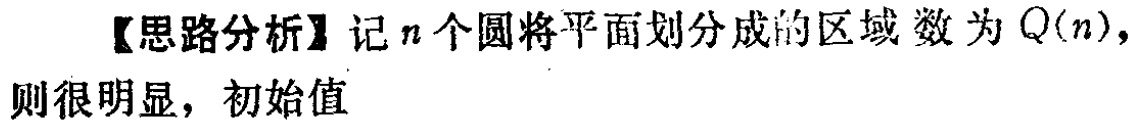
【思路分析】记\(n\)个圆将平面划分成的区域数为\(Q(n)\)，则很明显，初始值